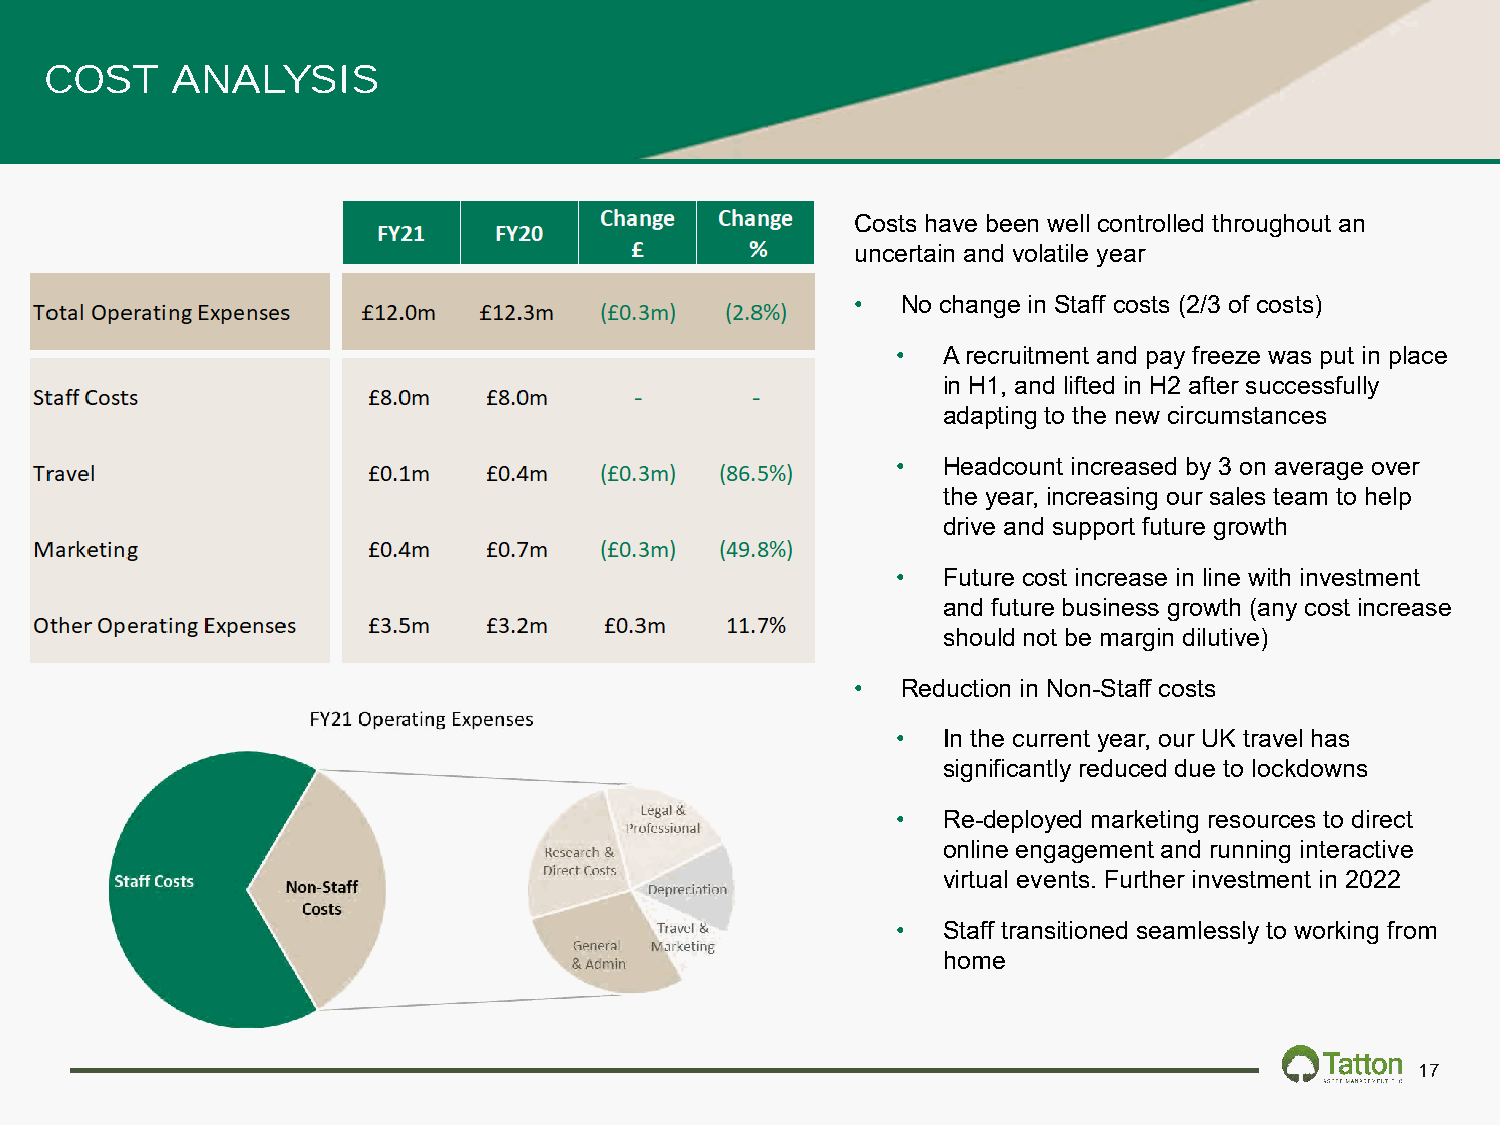
COST    ANALYSIS
 Costs have been well controlled throughout an
 uncertain and volatile year
 •  No change in Staff costs (2/3 of costs)
 •  A recruitment and pay freeze was put in place
 in H1, and lifted in H2 after successfully
 adapting to the new circumstances
 •  Headcount increased by 3 on average over
 the year, increasing our sales team to help
 drive and support future growth
 •  Future cost increase in line with investment
 and future business growth (any cost increase
 should not be margin dilutive)
 •  Reduction in Non-Staff costs
 •  In the current year, our UK travel has
 significantly reduced due to lockdowns
 •  Re-deployed marketing resources to direct
 online engagement and running interactive
 virtual events. Further investment in 2022
 •  Staff transitioned seamlessly to working from
 home
 17